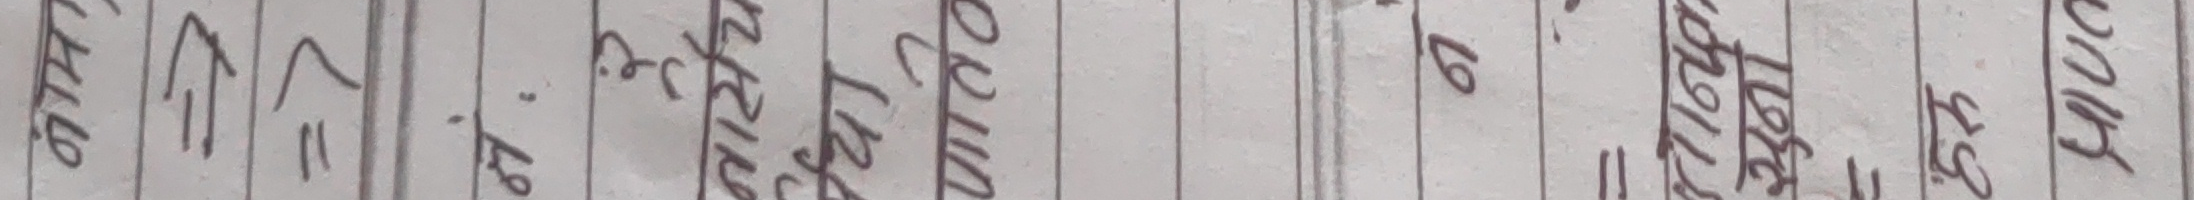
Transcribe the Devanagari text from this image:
९७ ११ ८ उत्पाद के.जी. ७० २०० ०० ५० २० २७ बोनस
६८ ११ ७ ३३ ६७ १६० ४० ५५ ७७ १८
५८ १ ६ ३२ ६९ १५० १५ ५० ६१६ ६
४० ११ .७ ३५ ९६ १२० २७ २५ ७७
२० ११ ७० ३० ९९ २० ४५ २२ ९७ १